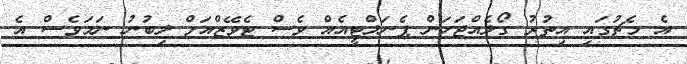
އެ މެޗުގައި އިތުރު ގޯލެއްޖަހަން ޕެނަލްޓީއެއް ވެސް ޓެވޭޒްއަށް ލިބުނު ނަމަވެސް އެ